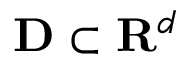
\mathbf { D } \subset \mathbf { R } ^ { d }